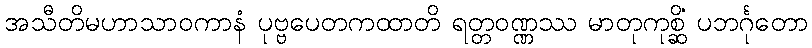
အသီတိမဟာသာဝကာနံ ပုဗ္ဗပေတကထာတိ ရတ္တဝဏ္ဏဿ မာတုကုစ္ဆိံ ပဘင်္ဂုတော